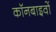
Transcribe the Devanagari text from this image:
कॉनबाइवों